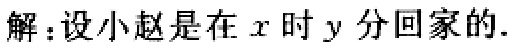
解：设小赵是在\(x\)时\(y\)分回家的.